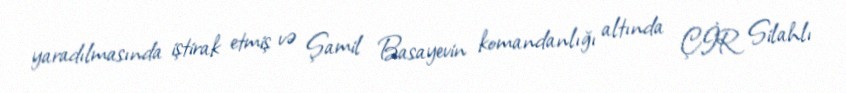
yaradılmasında iştirak etmiş və Şamil Basayevin komandanlığı altında ÇİR Silahlı